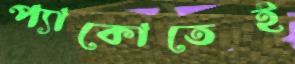
প্যাকোতেই